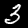
Digit: 3